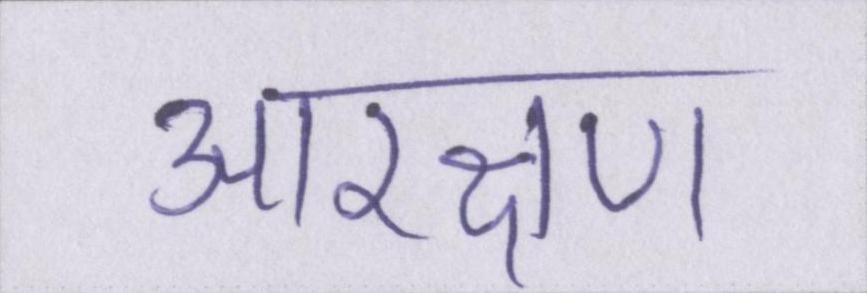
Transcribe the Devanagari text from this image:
आरक्षण